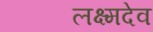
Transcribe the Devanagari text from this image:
लक्ष्मदेव